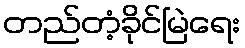
တည်တံ့ခိုင်မြဲရေး